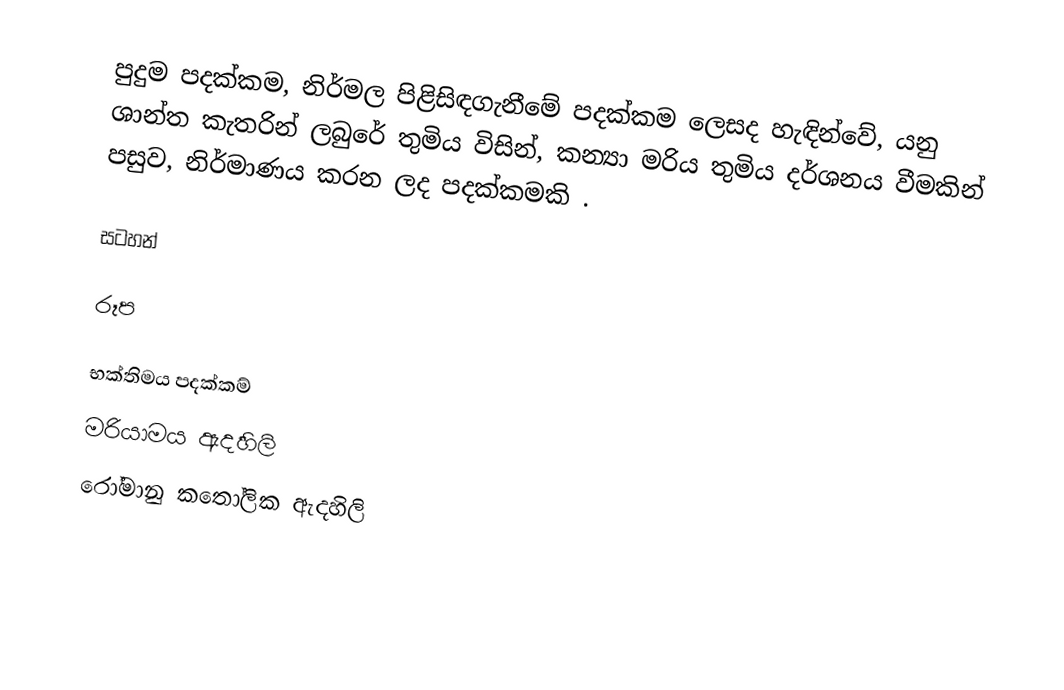
පුදුම පදක්කම, නිර්මල පිළිසිඳගැනීමේ පදක්කම ලෙසද හැඳින්වේ, යනු ශාන්ත කැතරින් ලබුරේ තුමිය විසින්,  කන්‍යා මරිය තුමිය දර්ශනය වීමකින් පසුව, නිර්මාණය කරන ලද පදක්කමකි .

සටහන්

රූප

භක්තිමය පදක්කම්
මරියාමය ඇදහිලි
රෝමානු කතෝලික ඇදහිලි